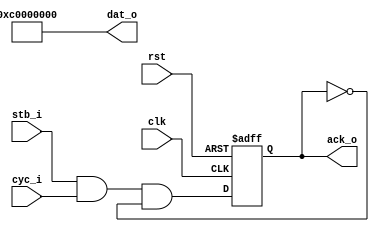
module dummy_slave
   ( dat_o, stb_i, cyc_i, ack_o, clk, rst );
   

   output [31:0] dat_o;
   input 	 stb_i;
   input 	 cyc_i;
   output 	 ack_o;
   input 	 clk;
   input 	 rst;

   reg 		 ack_o;
   
   parameter [31:0] value = 32'hc0000000;

   assign dat_o = value;

   always @ (posedge clk or posedge rst)
     if (rst)
       ack_o <= 1'b0;
     else
       ack_o <= stb_i & cyc_i & !ack_o;

endmodule //